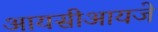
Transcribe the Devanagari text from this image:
आयसीआयजे